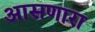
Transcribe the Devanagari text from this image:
आसणारा